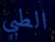
الطبي